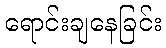
ရောင်းချနေခြင်း